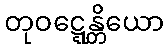
တုဝဋ္ဋေန္တိယော